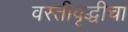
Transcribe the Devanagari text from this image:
वस्तीवृद्धीचा